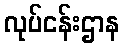
လုပ်ငန်းဌာန